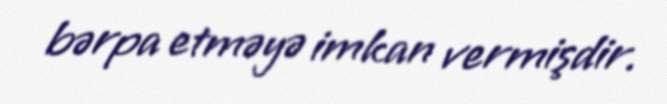
bərpa etməyə imkan vermişdir.